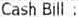
CASH BILL :